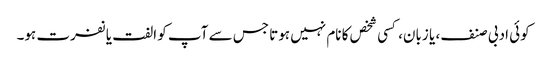
کوئی ادبی صنف، یا زبان، کسی شخص کا نام نہیں ہوتا جس سے آپ کو الفت یا نفرت ہو۔